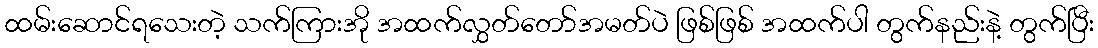
ထမ်းဆောင်ရသေးတဲ့ သက်ကြားအို အထက်လွှတ်တော်အမတ်ပဲ ဖြစ်ဖြစ် အထက်ပါ တွက်နည်းနဲ့ တွက်ပြီး